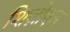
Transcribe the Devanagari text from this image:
शिज़ोएड